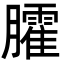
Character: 臛